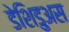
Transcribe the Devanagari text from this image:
डेशिडुअस